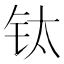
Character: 钛